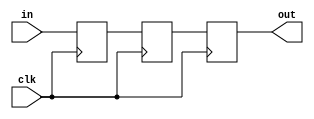
`default_nettype none

module sync(in, out, clk);

parameter BITS = 1;
parameter INIT = 1'b0;

input wire [BITS-1:0] in;
output reg [BITS-1:0] out;
input wire clk;

reg [BITS-1:0] tmpa;
reg [BITS-1:0] tmpb;

initial begin
    tmpa = INIT;
    tmpb = INIT;
    out = INIT;
end

always @(posedge clk) begin
    tmpa <= in; 
    tmpb <= tmpa;
    out <= tmpb;
end

endmodule